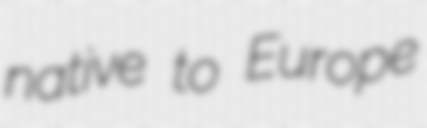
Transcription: native to Europe